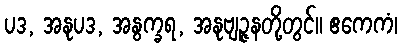
ပဒ, အနုပဒ, အနွက္ခရ, အနုဗျဉ္ဇနတို့တွင်။ ဧကေကံ၊